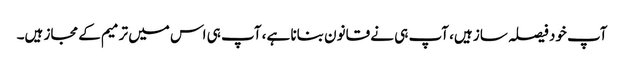
آپ خود فیصلہ ساز ہیں، آپ ہی نے قانون بنانا ہے، آپ ہی اس میں ترمیم کے مجاز ہیں۔